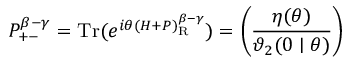
P _ { + - } ^ { \beta - \gamma } = \mathrm { T r } ( e ^ { i \theta ( H + P ) _ { \mathrm { R } } ^ { \beta - \gamma } } ) = \left( \frac { \eta ( \theta ) } { \mathcal { \vartheta } _ { 2 } ( 0 \mid \theta ) } \right)